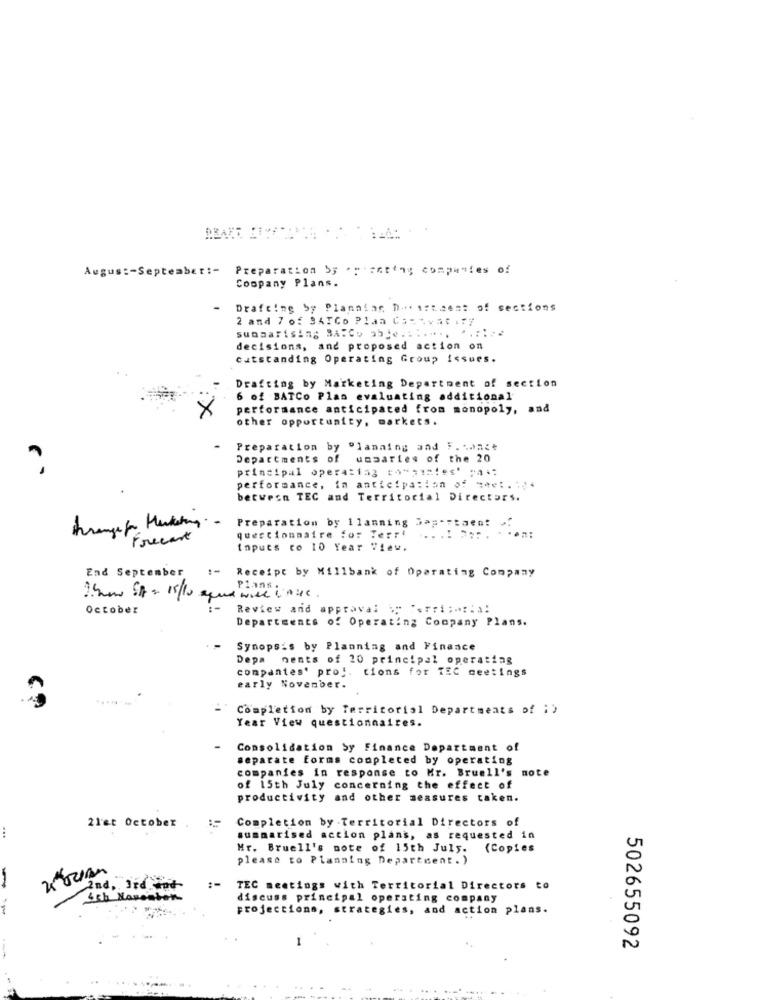
Augus :- Septe
ber :-
Preparation by ·ptentiny companies of
Company Plans.
Drafting by Planning Du istaest of sections
2 and 7 of SATCo Plan Gastvat . Ty
sunaarising BAFCp 35je ........ .. ::: 2
decisions, and proposed action on
cutstanding Operating Group issues.
Drafting by Marketing Department of section
6 of BATCo Plas evaluating additional
X
performance anticipated from monopoly, and
other opportunity, markets.
Preparation by Planning and F. .. nct
Departments of
unaaries of the 20
principal opera:15g cow;im!es' ===
performance,
in anticipation of zee :.
between TEC and Territorial Directors.
hrangefr Marketing.
Preparation by 1 lanning Sap -7taent ..
Frecest
questionnaire for Terri
Inputs to 10 Year View.
End September
Receipt by Millbank of Operating Company
Plans .
October
Review and approval . 'sTri :.:. 3:
Departments of Operating Company Plans.
Synopsis by Planning and Finance
Depa ments of 10 principal operating
companies' pro !. tions for TEC meetings
early November.
Completion by Territorial Departments of :)
Year View questionnaires.
Consolidation Sy Finance Department of
separate forms completed by operating
companies in response to Mr. Bruell's note
of 15th July concerning the effect of
productivity and other measures taken.
Completion by Territorial Directors of
21et October .
...
summarised action plans, as requested in
Mr. Bruell's note of 15th July. (Copies
please to Planning Department . )
-
2nd, Ird od
TEC meetings with Territorial Directors to
Ssh Haveaton
discuss principal operating company
projections, strategies, and action plans.
502655092